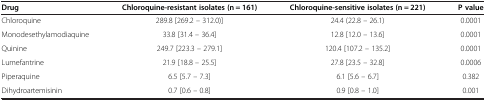
<table><thead><tr><td><b>Drug</b></td><td><b>Chloroquine-resistant isolates (n = 161)</b></td><td><b>Chloroquine-sensitive isolates (n = 221)</b></td><td><b>P value</b></td></tr></thead><tbody><tr><td>Chloroquine</td><td>289.8 [269.2 – 312.0)]</td><td>24.4 (22.8 – 26.1)</td><td>0.0001</td></tr><tr><td>Monodesethylamodiaquine</td><td>33.8 [31.4 – 36.4]</td><td>12.8 [12.0 – 13.6]</td><td>0.0001</td></tr><tr><td>Quinine</td><td>249.7 [223.3 – 279.1]</td><td>120.4 [107.2 – 135.2]</td><td>0.0001</td></tr><tr><td>Lumefantrine</td><td>21.9 [18.8 – 25.5]</td><td>27.8 [23.5 – 32.8]</td><td>0.0006</td></tr><tr><td>Piperaquine</td><td>6.5 [5.7 – 7.3]</td><td>6.1 [5.6 – 6.7]</td><td>0.382</td></tr><tr><td>Dihydroartemisinin</td><td>0.7 [0.6 – 0.8]</td><td>0.9 [0.8 – 1.0]</td><td>0.001</td></tr></tbody></table>